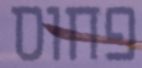
פחוס